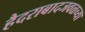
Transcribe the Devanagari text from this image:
हैदराबादजवळच्या